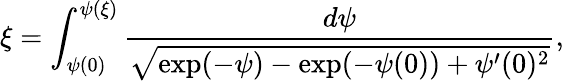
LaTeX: \xi=\int_{\psi(0)}^{\psi(\xi)}\frac{d\psi}{\sqrt{\exp(-\psi)-\exp(-\psi(0))+\psi^{\prime}(0)^{2}}},